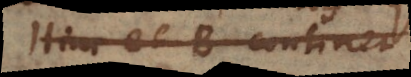
Hinc et B continet